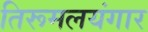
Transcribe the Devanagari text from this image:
तिरूमलयंगार